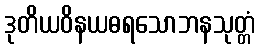
ဒုတိယဝိနယဓရသောဘနသုတ္တံ